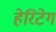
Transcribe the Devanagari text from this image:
हेरिटेग